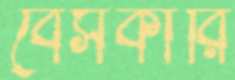
বেসকারি